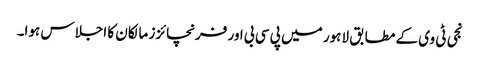
نجی ٹی وی کے مطابق لاہور میں پی سی بی اور فرنچائزز مالکان کا اجلاس ہوا۔